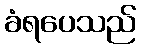
ခံရပေသည်